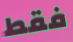
فقط